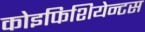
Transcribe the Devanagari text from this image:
कोइफिशियेन्‍टस